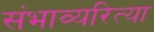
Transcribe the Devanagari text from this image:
संभाव्यरित्या